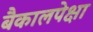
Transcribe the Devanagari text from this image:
बैकालपेक्षा